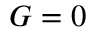
G = 0